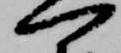
可